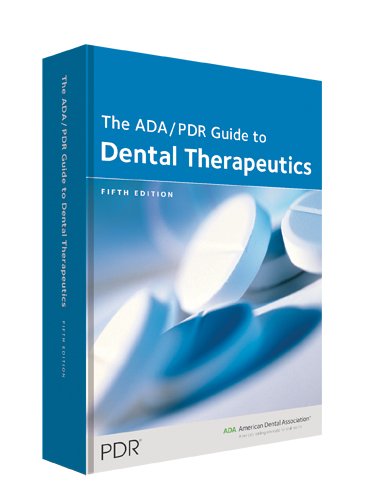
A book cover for The ADA/PDR Guide to Dental Therapeutics; PDR Staff; Medical Books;